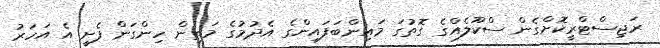
ރަޖިސްޓްރީކޮށްގެން ސްކޫލެއްގެ ގޮތުގަ މައިންބަފައިންގެ އެދުމުގެ މަތިން ހިންގަން ފެށީ އެ އަހަރު